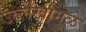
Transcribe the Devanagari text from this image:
उल्लेखामुळे